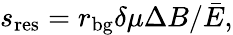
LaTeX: s_{\mathrm{res}}=r_{\mathrm{bg}}\delta\mu\Delta B/\bar{E},